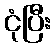
ငုံပြီး